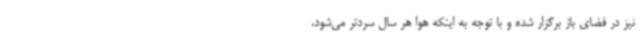
نیز در فضای باز برگزار شده و با توجه به اینکه هوا هر سال سردتر می‌شود،